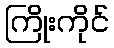
ကြိုးကိုင်